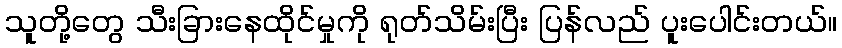
သူတို့တွေ သီးခြားနေထိုင်မှုကို ရုတ်သိမ်းပြီး ပြန်လည် ပူးပေါင်းတယ်။